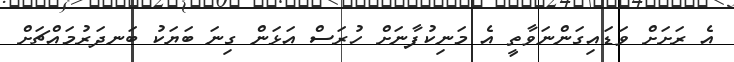
އެ ރަށަށް ވަޑައިގަންނަވާތީ އެ މަނިކުފާނަށް ހުރަސް އަޅަން ގިނަ ބަޔަކު ބަނދަރުމައްޗަށް